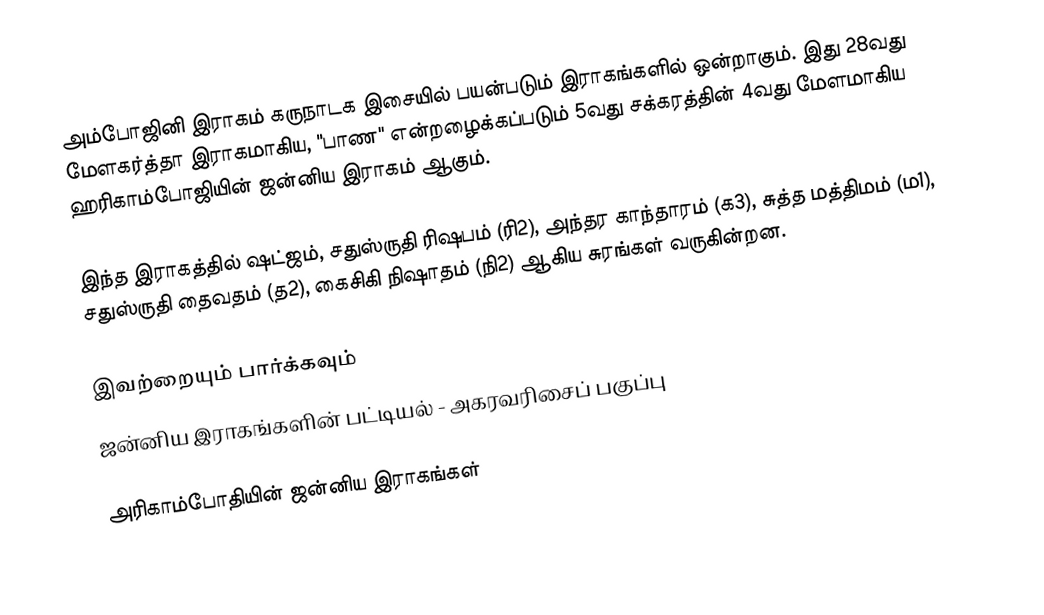
அம்போஜினி இராகம் கருநாடக இசையில் பயன்படும் இராகங்களில் ஒன்றாகும். இது 28வது மேளகர்த்தா இராகமாகிய, "பாண" என்றழைக்கப்படும் 5வது சக்கரத்தின் 4வது மேளமாகிய ஹரிகாம்போஜியின் ஜன்னிய இராகம் ஆகும்.

இந்த இராகத்தில் ஷட்ஜம், சதுஸ்ருதி ரிஷபம் (ரி2),  அந்தர காந்தாரம் (க3), சுத்த மத்திமம் (ம1), சதுஸ்ருதி தைவதம் (த2), கைசிகி நிஷாதம்  (நி2) ஆகிய சுரங்கள் வருகின்றன.

இவற்றையும் பார்க்கவும்
 ஜன்னிய இராகங்களின் பட்டியல் - அகரவரிசைப் பகுப்பு

அரிகாம்போதியின் ஜன்னிய இராகங்கள்